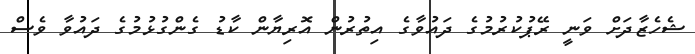
ޝެހެޒާދަށް ވަނީ ރޭޕުކުރުމުގެ ދައުވާގެ އިތުރުން އޮރިޔާން ކާޑު ގެންގުޅުމުގެ ދައުވާ ވެސް